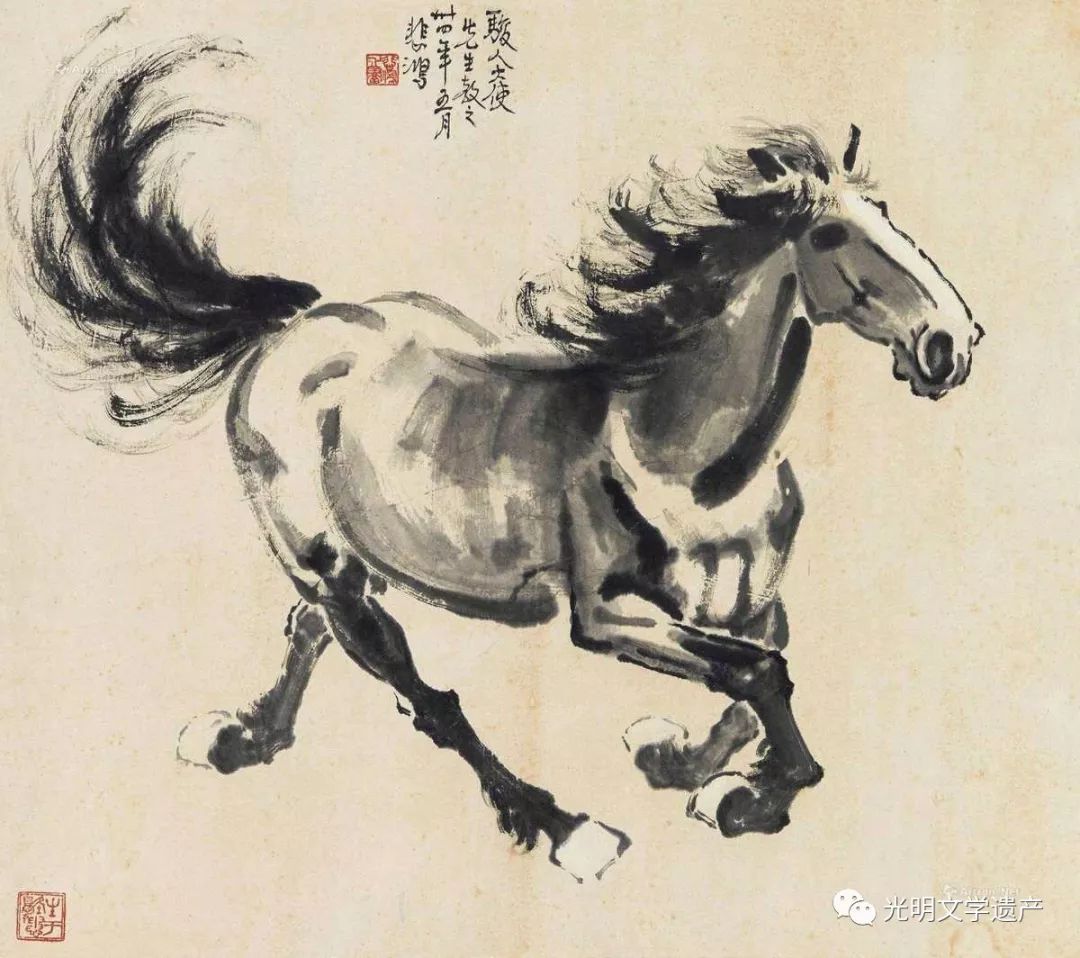
龙马花雪毛，金鞍五陵豪。